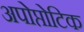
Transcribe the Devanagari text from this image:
अपोप्तोटिक